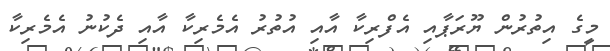
މީގެ އިތުރުން ޔޫރަޕާއި އެފްރިކާ އާއި އުތުރު އެމެރިކާ އާއި ދެކުނު އެމެރިކާ